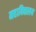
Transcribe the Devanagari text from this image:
महाविद्यालय